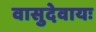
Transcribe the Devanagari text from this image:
वासुदेवायः